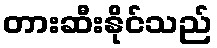
တားဆီးနိုင်သည်